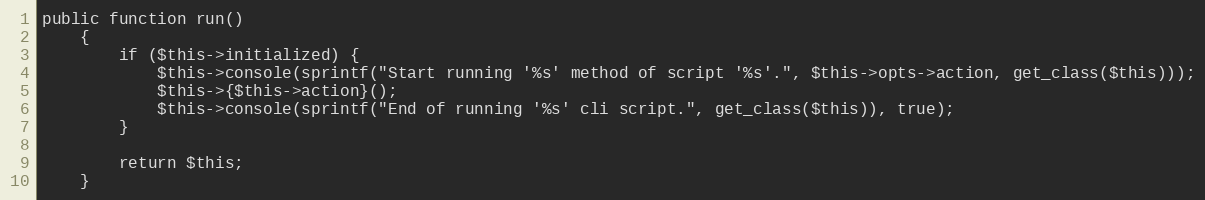
Language: PHP
public function run()
    {
        if ($this->initialized) {
            $this->console(sprintf("Start running '%s' method of script '%s'.", $this->opts->action, get_class($this)));
            $this->{$this->action}();
            $this->console(sprintf("End of running '%s' cli script.", get_class($this)), true);
        }

        return $this;
    }